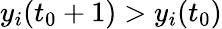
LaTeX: y_{i}(t_{0}+1)>y_{i}(t_{0})